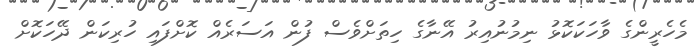
މެހެރީންގެ ވާހަކަކޮޅު ނިމުނުއިރު އޭނާގެ ހިތަށްވެސް ފުން އަސަރެއް ކޮށްފައި ހުރިކަން ދޭހަކޮށް